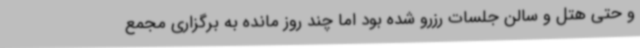
و حتی هتل و سالن جلسات رزرو شده بود اما چند روز مانده به برگزاری مجمع